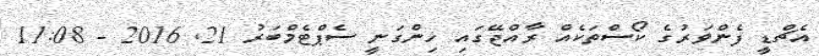
އެޗްޑީ ފެންވަރުގެ ކޯސްތަކެއް ރާއްޖޭގައި ހިންގަނީ ސެޕްޓެމްބަރު 21